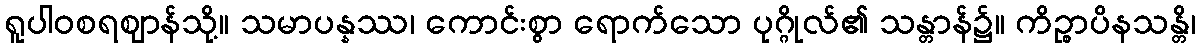
ရူပါဝစရဈာန်သို့။ သမာပန္နဿ၊ ကောင်းစွာ ရောက်သော ပုဂ္ဂိုလ်၏ သန္တာန်၌။ ကိဉ္စာပိနသန္တိ၊